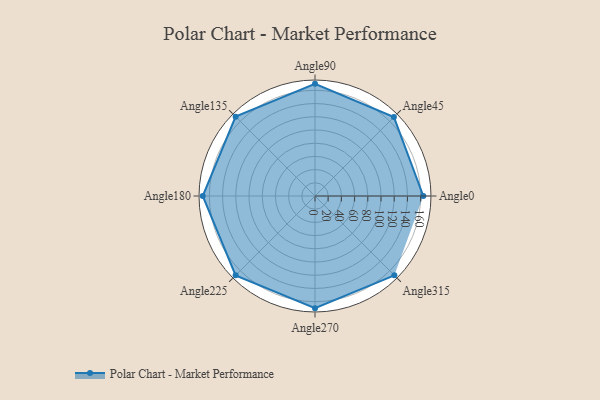
{"axis": {"x": "Angle", "y": "Radius"}, "legend": [""], "data": [{"x": "Angle0", "y": 164.0, "type": ""}, {"x": "Angle45", "y": 169.0, "type": ""}, {"x": "Angle90", "y": 170, "type": ""}, {"x": "Angle135", "y": 170.0, "type": ""}, {"x": "Angle180", "y": 170, "type": ""}, {"x": "Angle225", "y": 170, "type": ""}, {"x": "Angle270", "y": 170, "type": ""}, {"x": "Angle315", "y": 170, "type": ""}]}